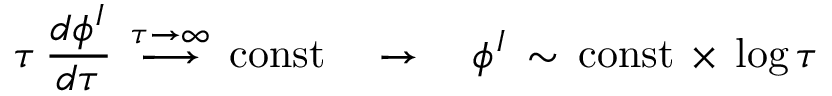
\tau \, \frac { d \phi ^ { I } } { d \tau } \, \stackrel { \tau \to \infty } { \longrightarrow } \, \mathrm { c o n s t } \quad \rightarrow \quad \phi ^ { I } \, \sim \, \mathrm { c o n s t } \, \times \, \log \tau